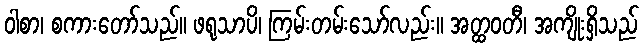
ဝါစာ၊ စကားတော်သည်။ ဖရုသာပိ၊ ကြမ်းတမ်းသော်လည်း။ အတ္ထဝတီ၊ အကျိုးရှိသည်